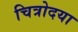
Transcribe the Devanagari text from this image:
चित्रोदया